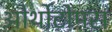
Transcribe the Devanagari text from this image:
ओर्थोटोमस